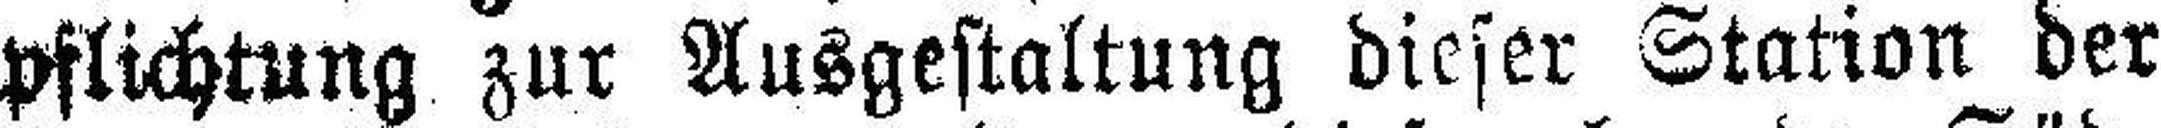
pflichtung zur Ausgestaltung dieser Station der